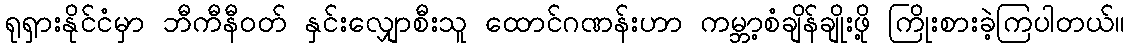
ရုရှားနိုင်ငံမှာ ဘီကီနီဝတ် နှင်းလျှောစီးသူ ထောင်ဂဏန်းဟာ ကမ္ဘာ့စံချိန်ချိုးဖို့ ကြိုးစားခဲ့ကြပါတယ်။